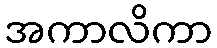
အကာလိကာ